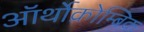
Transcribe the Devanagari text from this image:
ऑर्थोक्रोम्बिक